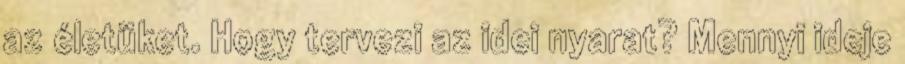
az életüket. Hogy tervezi az idei nyarat? Mennyi ideje